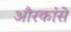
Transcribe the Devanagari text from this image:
औरकांसे